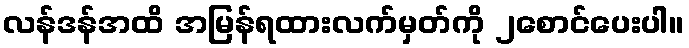
လန်ဒန်အထိ အမြန်ရထားလက်မှတ်ကို ၂စောင်ပေးပါ။